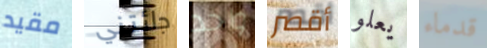
مقيد جائتني واحد أقصر يعلو قدماء